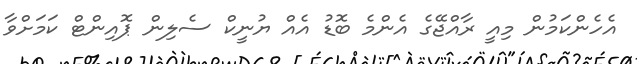
އެހެންކަމުން މިއީ ރާއްޖޭގެ އެންމެ ބޮޑު އެއް ޔުނީކް ސެލިން ޕޮއިންޓް ކަމަށްވާ